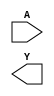
(* blackbox *)
module skullfet_inverter (
`ifdef USE_POWER_PINS
    input  VGND,
    input  VPWR,
`endif  // USE_POWER_PINS
    input  A,
    output Y
);
endmodule

(* blackbox *)
module skullfet_nand (
`ifdef USE_POWER_PINS
    input  VGND,
    input  VPWR,
`endif  // USE_POWER_PINS
    input  A,
    input  B,
    output Y
);
endmodule

(* blackbox *)
module skullfet_logo (
`ifdef USE_POWER_PINS
    input  VGND,
    input  VPWR
`endif  // USE_POWER_PINS
);
endmodule